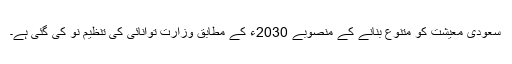
سعودی معیشت کو متنوع بنانے کے منصوبے 2030ء کے مطابق وزارتِ توانائی کی تنظیمِ نو کی گئی ہے۔